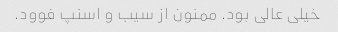
خیلی عالی بود. ممنون از سیب و اسنپ فوود.